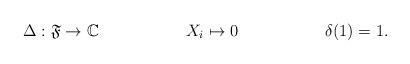
LaTeX: \begin{align*} \Delta:\mathfrak{F}&\to \mathbb{C}& X_i&\mapsto 0&\delta(1)&=1.\end{align*}